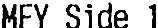
MFY SIDE 1